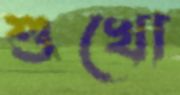
শুখো